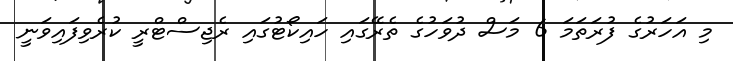
މި އަހަރުގެ ފުރަތަމަ 6 މަސް ދުވަހުގެ ތެރޭގައި ހައިކޯޓުގައި ރެޖިސްޓްރީ ކުރެވިފައިވަނީ